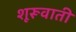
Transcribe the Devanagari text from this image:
शूरूवाती